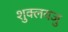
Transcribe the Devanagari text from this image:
शुक्लयजु